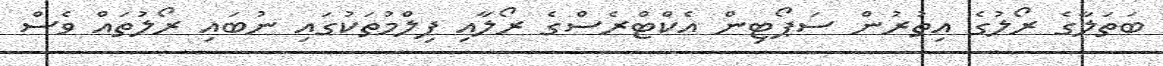
ބަތަލާގެ ރޯލުގެ އިތުރުން ސަޕޯޓިން އެކްޓްރެސްގެ ރޯލާއި ފިލްމުތަކުގައި ނުބައި ރޯލުތައް ވެސް